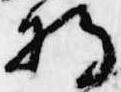
将